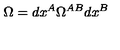
\Omega = d x ^ { A } \Omega ^ { A B } d x ^ { B }